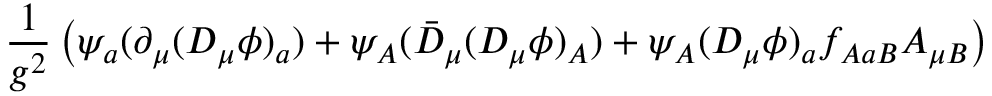
\frac { 1 } { g ^ { 2 } } \left( \psi _ { a } ( \partial _ { \mu } ( D _ { \mu } \phi ) _ { a } ) + \psi _ { A } ( \bar { D } _ { \mu } ( D _ { \mu } \phi ) _ { A } ) + \psi _ { A } ( D _ { \mu } \phi ) _ { a } f _ { A a B } A _ { \mu B } \right)